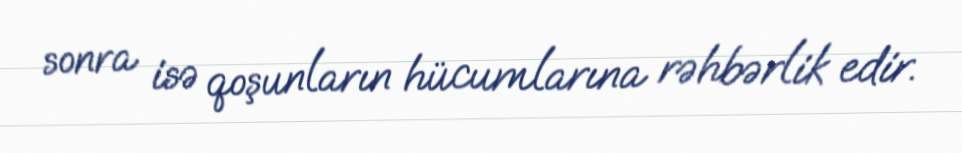
sonra isə qoşunların hücumlarına rəhbərlik edir.